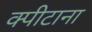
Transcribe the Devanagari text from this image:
क्पीटाना